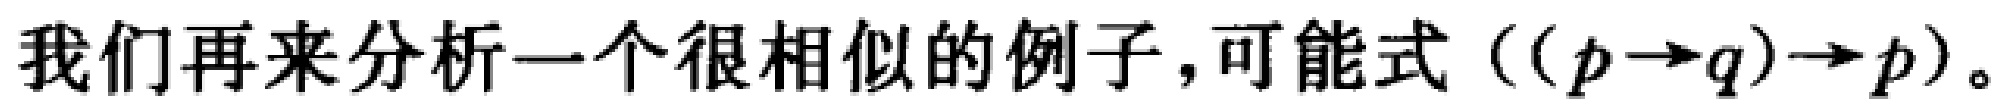
我们再来分析一个很相似的例子,可能式（\((p\rightarrow q)\rightarrow p\)）。